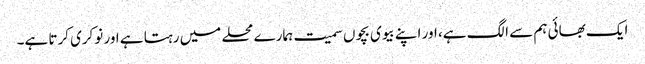
ایک بھائی ہم سے الگ ہے، اور اپنے بیوی بچوں سمیت ہمارے محلے میں رہتا ہے اور نوکری کرتا ہے۔